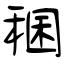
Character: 稛